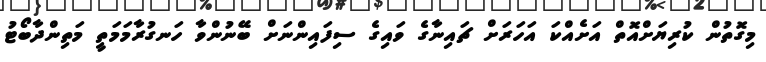
މިގޮތުން ކުރިޔަށްއޮތް އަށެއްކަ އަހަރަށް ޗައިނާގެ ވައިގެ ސިފައިންނަށް ބޭނުންވާ ހަނގުރާމަމަތީ މަތިންދާބޯޓު